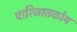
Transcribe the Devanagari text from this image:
पारिजातकोय